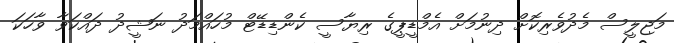
މަޖިލީސް މެދުވެރިކޮށް ދިނުމަށް އެމްޑީޕީގެ ރިޔާސީ ކެންޑިޑޭޓް މުހައްމަދު ނަޝީދު ދައްކަވާ ވާހަކަ